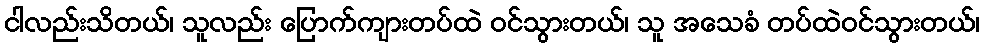
ငါလည်းသိတယ်၊ သူလည်း ပြောက်ကျားတပ်ထဲ ဝင်သွားတယ်၊ သူ အသေခံ တပ်ထဲဝင်သွားတယ်၊